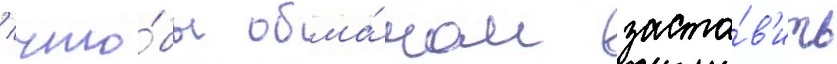
/ что́бы обма́ном заста́в'ить